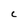
Character: C